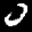
Label: 0